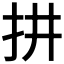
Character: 𢪝